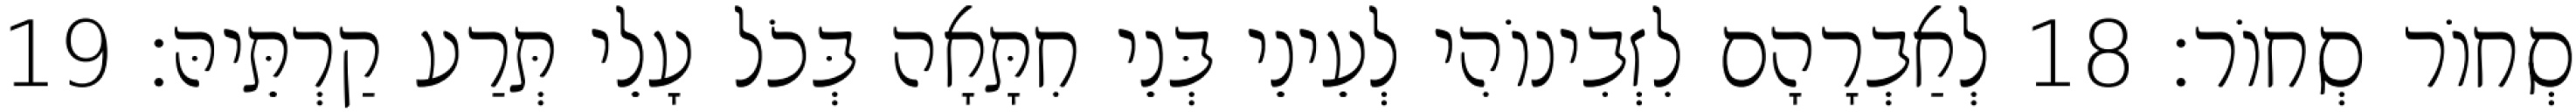
סְחוֹר סְחוֹר׃ 18 לְאַבְרָהָם לִזְבִינוֹהִי לְעֵינֵי בְּנֵי חִתָּאָה בְּכֹל עָלֵי תְּרַע קַרְתֵּיהּ׃ 19